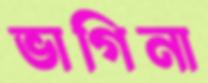
ভাগিনা